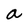
Character: a